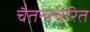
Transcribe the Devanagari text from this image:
चैतन्यचरित